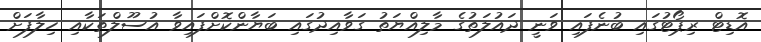
އޮޑިޓް ރިޕޯޓުގައި ބުނެފައި ވަނީ ދައުލަތުގެ މާލިއްޔަތު ގަވާއިދުގައި ބަޔާންކޮށްފައިވާ އުސޫލްތަކާއި ހިލާފަށް